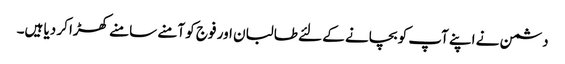
دشمن نے اپنے آپ کو بچانے کے لئے طالبان اور فوج کو آمنے سامنے کھڑا کر دیا ہیں۔